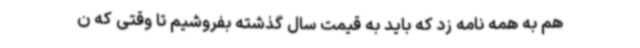
هم به همه نامه زد که باید به قیمت سال گذشته بفروشیم تا وقتی‌ که ن